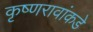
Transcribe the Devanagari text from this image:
कृष्णरावांकडे